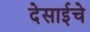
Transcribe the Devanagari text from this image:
देसाईचे